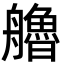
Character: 艪